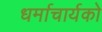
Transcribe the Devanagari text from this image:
धर्माचार्यको